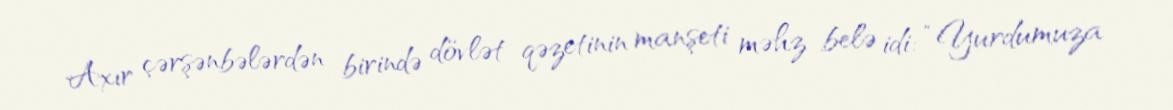
Axır çərşənbələrdən birində dövlət qəzetinin manşeti məhz belə idi: “Yurdumuza